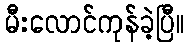
မီးလောင်ကုန်ခဲ့ပြီ။